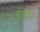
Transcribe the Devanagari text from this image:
हंडौर